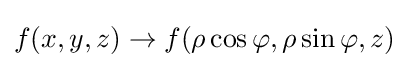
f(x,y,z)\rightarrow f(\rho \cos \varphi ,\rho \sin \varphi ,z)